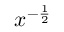
x ^ { - { \frac { 1 } { 2 } } }